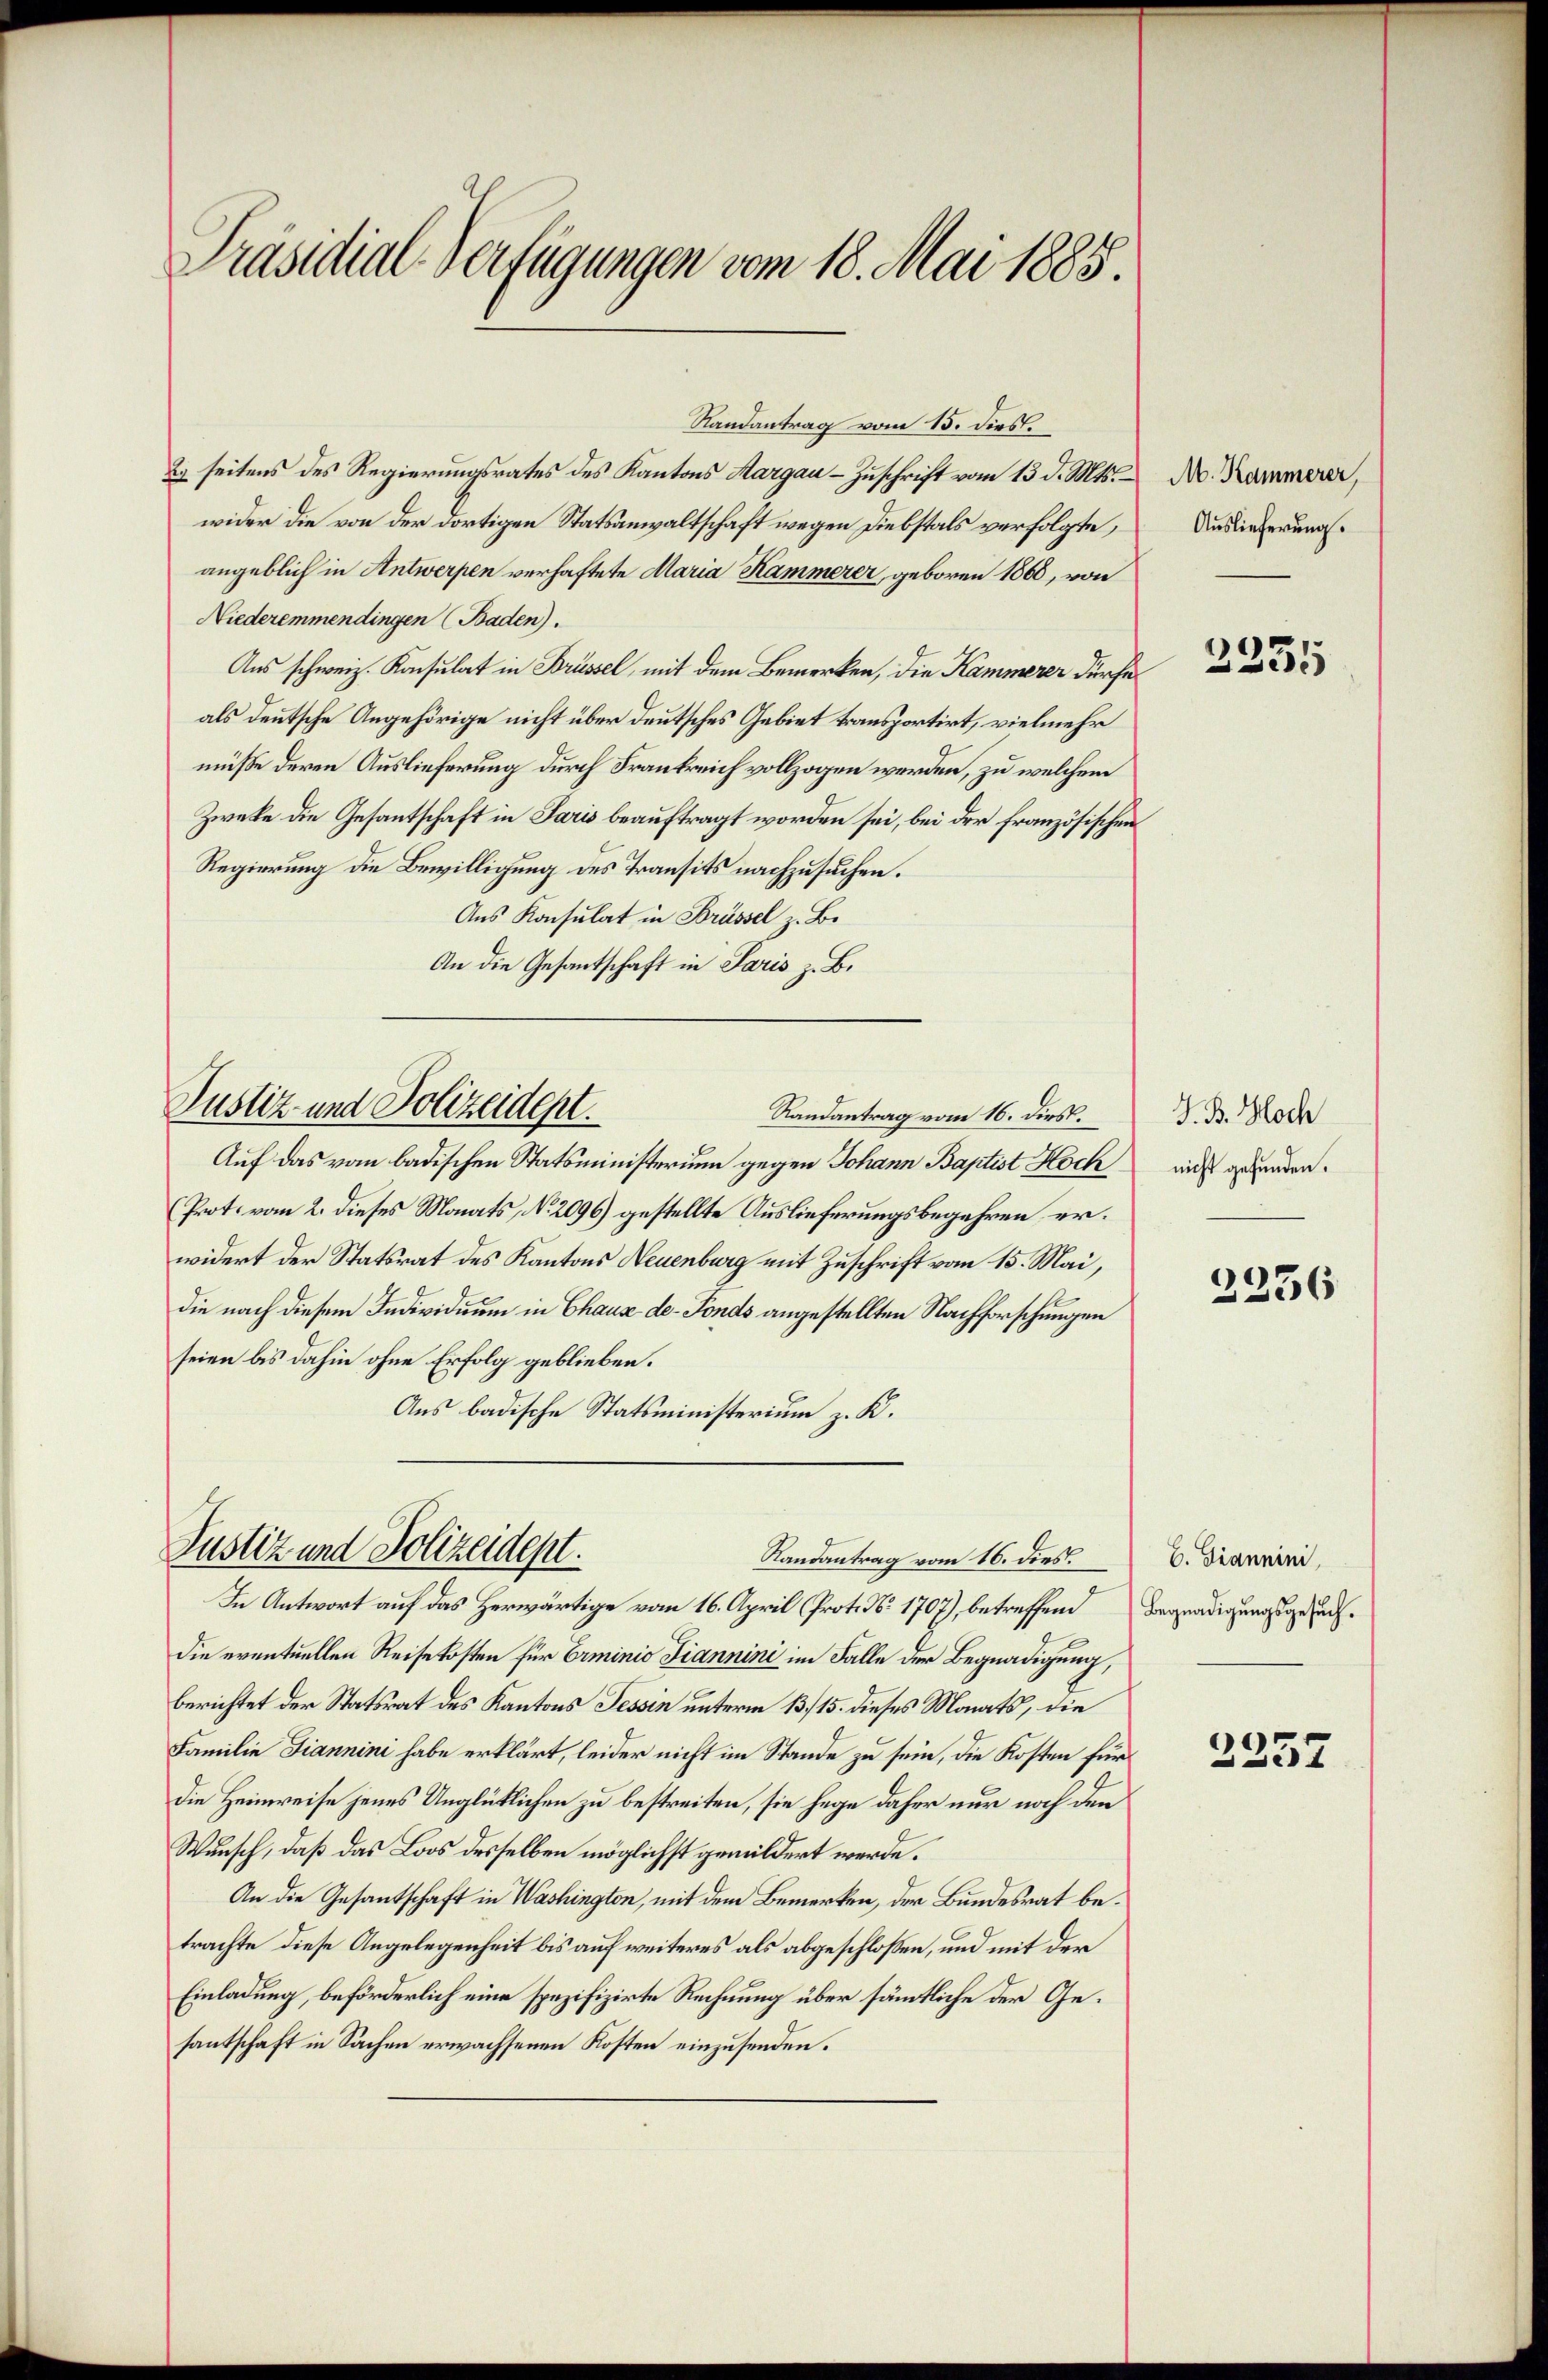
Präsidial-Verfügungen vom 18. Mai 1885

Randantrag vom 15. dies.
2) seitens des Regierungsrates des Kantons Aargau - Zuschrift vom 13. d. Mts.
wider die von der dortigen Statsanwaltschaft wegen Diebstals verfolgte,
angeblich in Antwerpen verhaftete Maria Kammerer, geboren 1868, von
Niederemmendingen (Baden).
Aus schweiz. Konsulat in Brüssel, mit dem Bemerken, die Kammerer dürfe
als deutsche Angehörige nicht über deutsches Gebiet transportirt, vielmehr
müße deren Auslieferung durch Frankreich vollzogen werden, zu welchem
Zweke die Gesantschaft in Paris beauftragt worden sei, bei der französischen
Regierung die Bewilligung des Transits nachzusuchen.
Aus Konsulat in Brüssel z. B.
An die Gesantschaft in Paris z. B.
Justiz- und Polizeident.
Randantrag vom 16. dies.
Auf das vom badischen Statsministerium gegen Johann Baptist Hoch
(Prot. vom 2. dieses Monats, No. 2096) gestellte Auslieferungsbegehren erwidert der Statsrat des Kantons Neuenburg mit Zuschrift vom 15. Mai,
die nach diesem Individuum in Chaus de-Fonds angestellten Nachforschungen
seien bis dahin ohne Erfolg geblieben.
Aus badische Statsministerium z. K.

Justiz und Polizeidept.
Randantrag vom 16. dies

In Antwort auf das Herwärtige vom 16. April (Prot. No 1707), betreffend Begnadigungsgesuchdie eventuellen Reisekosten für Erminio Fiannini im Falle der Begnadigung,
berichtet der Statsrat des Kantons Tessin unterm 13/15. dieses Monats, die
Familie Giannini habe erklärt, leider nicht im Stande zu sein, die Kosten für
die Heimreise jenes Unglücklichen zu bestreiten, sie hege daher nur noch den
Wunsch, daß das Loos desselben möglichst gemildert werde.
An die Gesantschaft in Washington, mit dem Bemerken, der Bundesrat betrachte diese Angelegenheit bis auf weiteres als abgeschlossen, und mit der
Einladung, beförderlich eine spezifizirte Rechnung über sämmtliche der Gesantschaft in Sachen erwachsenen Kosten einzusenden.

M. Kammerer,
Auslieferung.

2251

J. B. Hoch
nicht gefunden.

2236

E. Diannini

2237